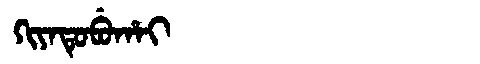
Manchu: ᡴᡳᠶᠠᡨᡠᠪᡠᡥᠠᡳ
Romanization: KIYATUBUHAI